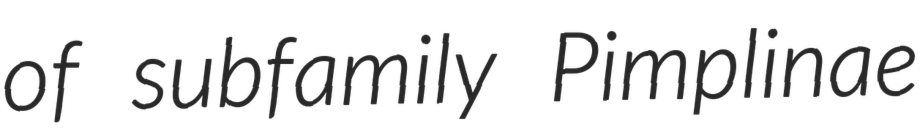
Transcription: of subfamily Pimplinae